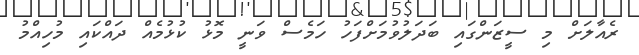
ރެއާލަށް މި ސީޒަންގައި ބަދަލުވުމަށްފަހު ހަމެސް ވަނީ މޮޅު ކުޅުމެއް ދައްކައި މުހިއްމު